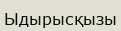
Ыдырысқызы